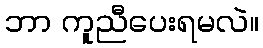
ဘာ ကူညီပေးရမလဲ။